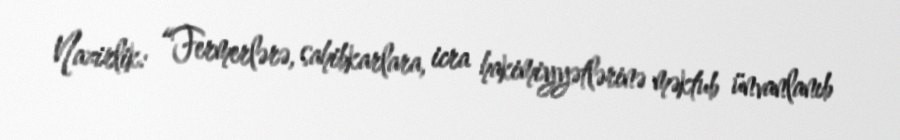
Nazirlik: “Fermerlərə, sahibkarlara, icra hakimiyyətlərinə məktub ünvanlanıb